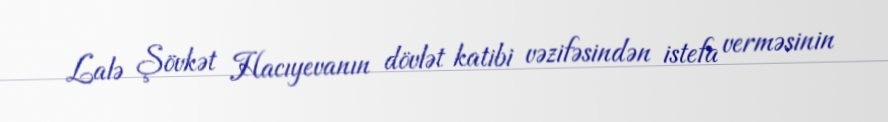
Lalə Şövkət Hacıyevanın dövlət katibi vəzifəsindən istefa verməsinin